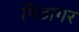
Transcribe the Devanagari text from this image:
मिठागर